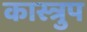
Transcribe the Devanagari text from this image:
कास्त्रुप